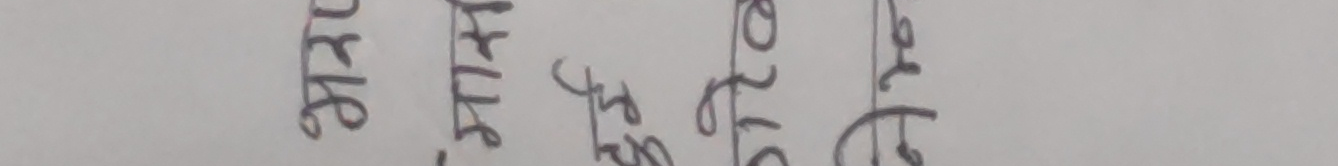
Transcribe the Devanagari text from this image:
तिमी मलाई फेरि सोध